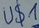
Text: U$1